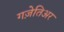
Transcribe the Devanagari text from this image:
गज़ेतिअर